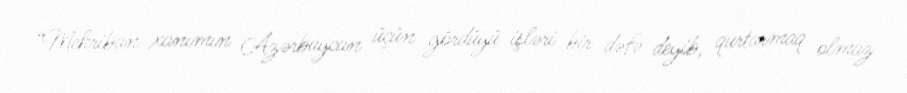
“Mehriban xanımın Azərbaycan üçün gördüyü işləri bir dəfə deyib, qurtarmaq olmaz